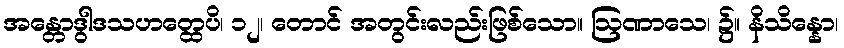
အန္တောဒွါဒသဟတ္ထေပိ၊ ၁၂၊ တောင် အတွင်းလည်းဖြစ်သော။ ဩဏာသေ၊ ၌။ နိသိန္နော၊